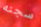
سجنه